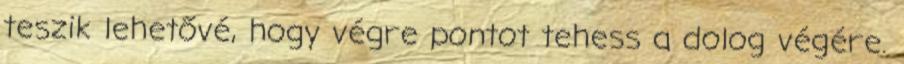
teszik lehetővé, hogy végre pontot tehess a dolog végére.